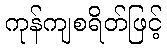
ကုန်ကျစရိတ်ဖြင့်